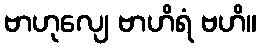
ဗာဟုလျေ ဗာဟိရံ ဗဟိ။